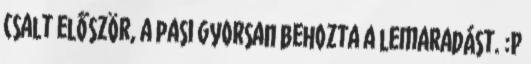
csalt először, a pasi gyorsan behozta a lemaradást. :P